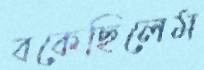
বকেছিলেম